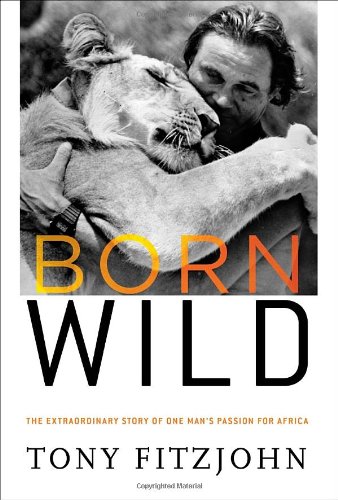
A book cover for Born Wild: The Extraordinary Story of One Man's Passion for Africa; Tony Fitzjohn; Travel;